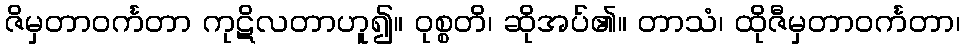
ဇိမှတာဝင်္ကတာ ကုဋိလတာဟူ၍။ ဝုစ္စတိ၊ ဆိုအပ်၏။ တာသံ၊ ထိုဇီမှတာဝင်္ကတာ၊